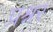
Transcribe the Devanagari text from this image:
प्रश्नर